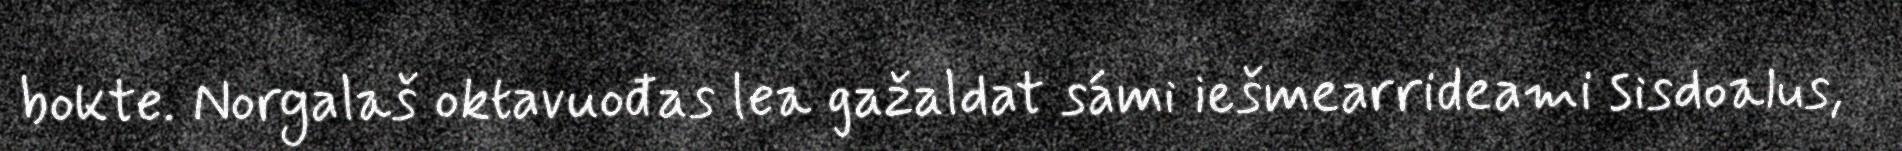
bokte. Norgalaš oktavuođas lea gažaldat sámi iešmearrideami sisdoalus,